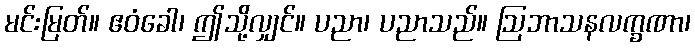
မင်းမြတ်။ ဧဝံခေါ၊ ဤသို့လျှင်။ ပညာ၊ ပညာသည်။ ဩဘာသနလက္ခဏာ၊